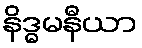
နိဒ္ဓမနီယာ